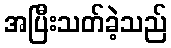
အပြီးသတ်ခဲ့သည်